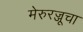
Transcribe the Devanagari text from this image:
मेरुरज्जूचा